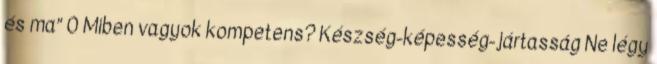
és ma” 0 Miben vagyok kompetens? Készség-képesség-jártasság Ne légy